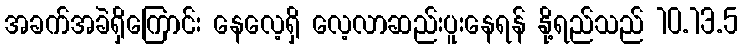
အခက်အခဲရှိကြောင်း နေလေ့ရှိ လေ့လာဆည်းပူးနေရန် နို့ရည်သည် 10.13.5